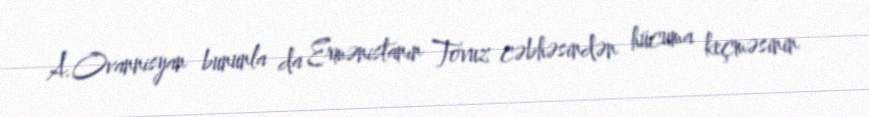
A.Ovannisyan bununla da Ermənistanın Tovuz cəbhəsindən hücuma keçməsinin